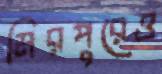
মিরপুরেও